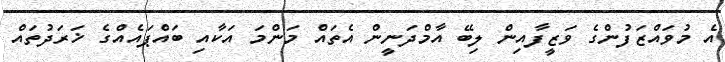
އެ މުވައްޒަފުންގެ ވަޒީފާއިން ލިބޭ އާމްދަނީން އެތައް މަންމަ އަކާއި ބައްޕައެއްގެ ޚަރަދުތައް